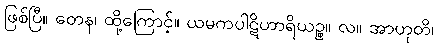
ဖြစ်ပြီ။ တေန၊ ထို့ကြောင့်။ ယမကပါဋိဟာရိယဉ္စ။ လ။ အာဟုတိ၊